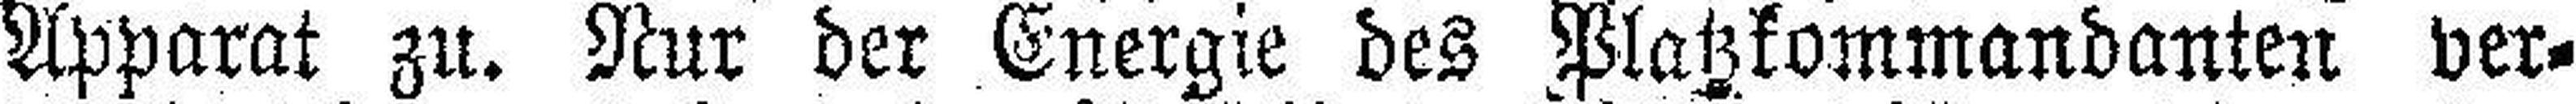
Apparat zu. Nur der Energie des Platzkommandanten ver¬